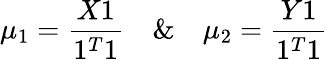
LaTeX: \mu_{1}=\frac{X1}{1^{T}1}\quad\& \quad\mu_{2}=\frac{Y1}{1^{T}1}